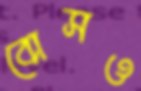
বোসও